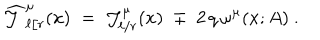
\widehat { { \mathcal J } } _ { \ell / r } ^ { \mu } ( x ) \; = \; { \mathcal J } _ { \ell / r } ^ { \mu } ( x ) \; \mp \; 2 \, q \, \omega ^ { \mu } ( x ; A ) ~ .